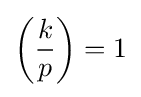
\left({\frac {k}{p}}\right)=1